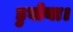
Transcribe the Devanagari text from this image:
डुबोया।